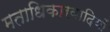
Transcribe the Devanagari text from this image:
मताधिकारवादियों